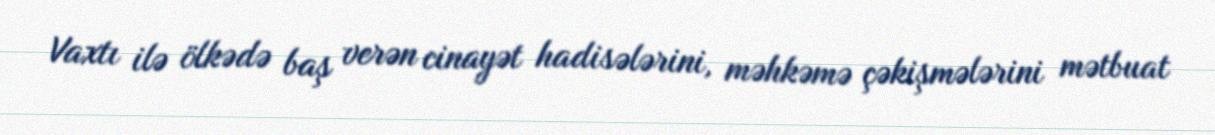
Vaxtı ilə ölkədə baş verən cinayət hadisələrini, məhkəmə çəkişmələrini mətbuat